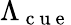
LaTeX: \Lambda_{\mathrm{~c~u~e~}}